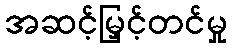
အဆင့်မြှင့်တင်မှု